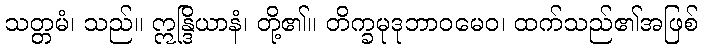
သတ္တမံ၊ သည်။ ဣန္ဒြိယာနံ၊ တို့၏။ တိက္ခမုဒုဘာဝမေဝ၊ ထက်သည်၏အဖြစ်